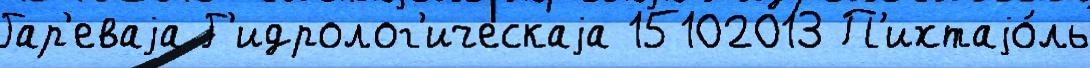
Гар'еваjа Г'идролог'ическаjа 15102013 П'ихтаjо́ль